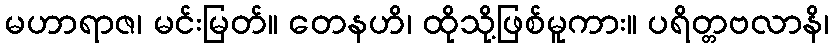
မဟာရာဇ၊ မင်းမြတ်။ တေနဟိ၊ ထိုသို့ဖြစ်မူကား။ ပရိတ္တဗလာနိ၊